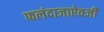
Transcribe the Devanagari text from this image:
फलंदाजाऐवजी